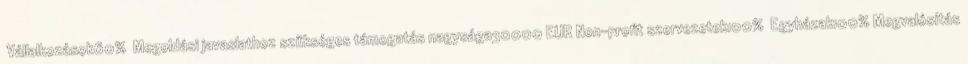
▪Vállalkozások60% ▪Megoldási javaslathoz szükséges támogatás nagysága30000 EUR▪Non-profit szervezetek100% ▪Egyházak100%▪Megvalósítás